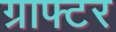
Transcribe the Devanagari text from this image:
ग्राफ्टर